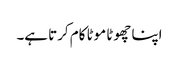
اپنا چھوٹا موٹا کام کرتا ہے۔